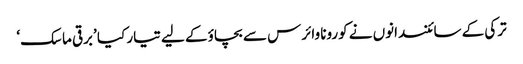
ترکی کے سائنسدانوں نے کورونا وائرس سے بچاؤ کے لیے تیار کیا ’برقی ماسک‘